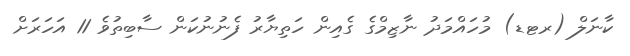
ކާނަލް (ރޓޑ) މުހައްމަދު ނާޒިމްގެ ގެއިން ހަތިޔާރު ފެނުނުކަން ސާބިތުވެ 11 އަހަރަށް